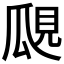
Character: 𤫽